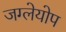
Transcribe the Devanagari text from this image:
जग्लेयोप